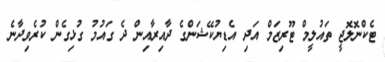
ޓެކްނޮލޮޖީ ތައުލީމް ޓޫރިޒަމް އަދި އެޑިޔުކޭޝަންގެ ދާއިރާއިން ދެ ގައުމު ގުޅިގެން ކުރެވިދާނެ